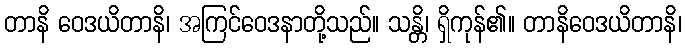
တာနိ ဝေဒယိတာနိ၊ အကြင်ဝေဒနာတို့သည်။ သန္တိ၊ ရှိကုန်၏။ တာနိဝေဒယိတာနိ၊